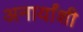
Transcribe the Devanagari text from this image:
अनार्यांशी